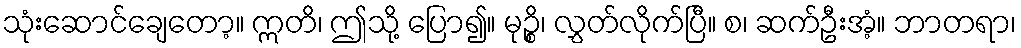
သုံးဆောင်ချေတော့။ ဣတိ၊ ဤသို့ ပြော၍။ မုဉ္စိ၊ လွှတ်လိုက်ပြီ။ စ၊ ဆက်ဦးအံ့။ ဘာတရာ၊